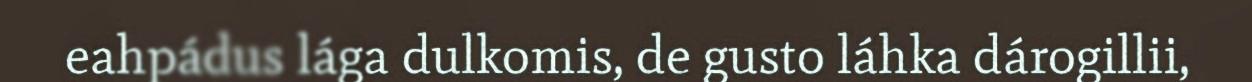
eahpádus lága dulkomis, de gusto láhka dárogillii,